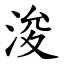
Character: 浚